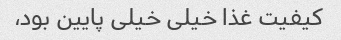
کیفیت غذا خیلی خیلی پایین بود،